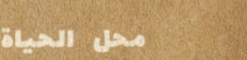
محل الحياة